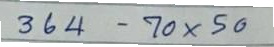
364 - 70 x 50